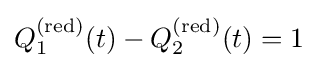
Q_{1}^{({\text{red}})}(t)-Q_{2}^{({\text{red}})}(t)=1